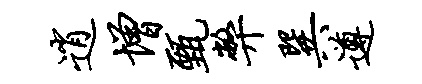
逍增甄弊巽遵